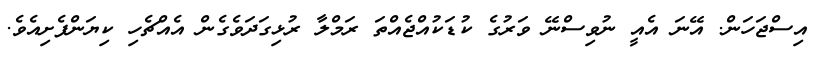
އިސްޖަހަން. އޭނަ އެއީ ނުވިސްނޭ ވަރުގެ ކުޑަކުއްޖެއްތަ ރަމްލާ ރުޅިގަދަވެގެން އެއްޗެހި ކިޔަންފެށިއެވެ.